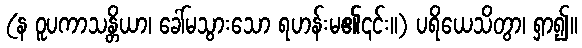
(န ဝူပကာသန္တိယာ၊ ခေါ်မသွားသော ရဟန်းမ၏၎င်း။) ပရိယေသိတွာ၊ ရှာ၍။